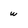
Character: w